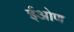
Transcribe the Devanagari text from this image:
ईओण